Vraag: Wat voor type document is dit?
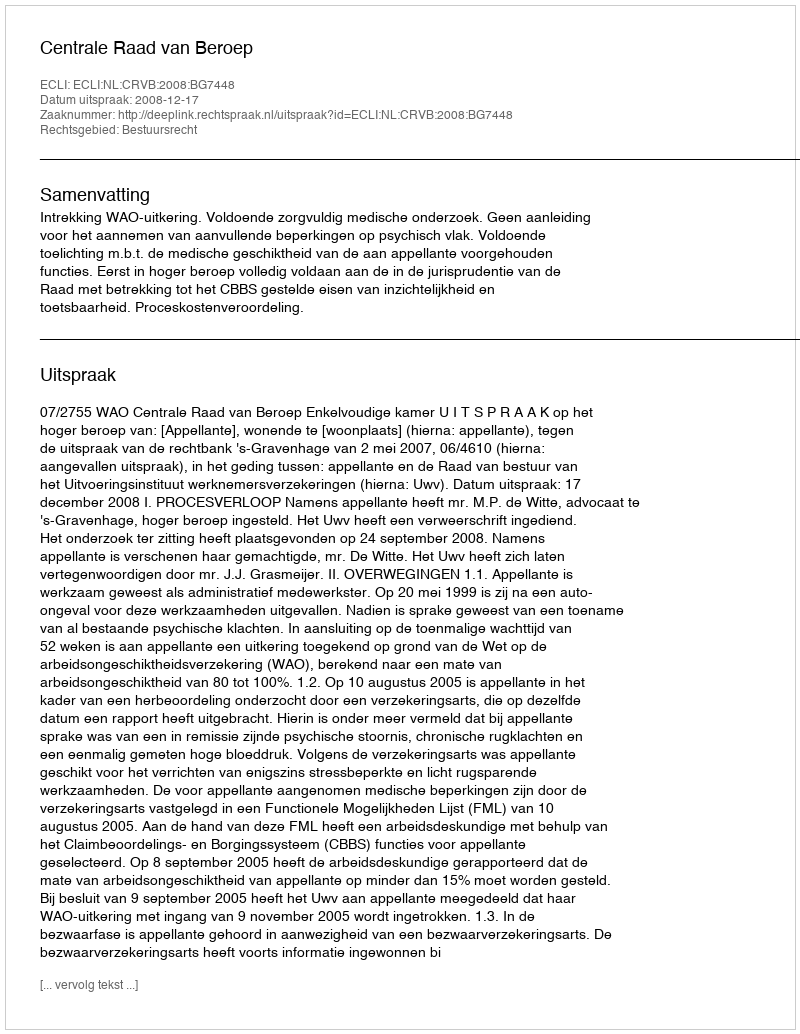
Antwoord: Uitspraak